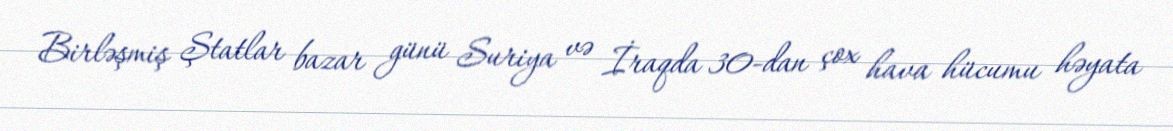
Birləşmiş Ştatlar bazar günü Suriya və İraqda 30-dan çox hava hücumu həyata